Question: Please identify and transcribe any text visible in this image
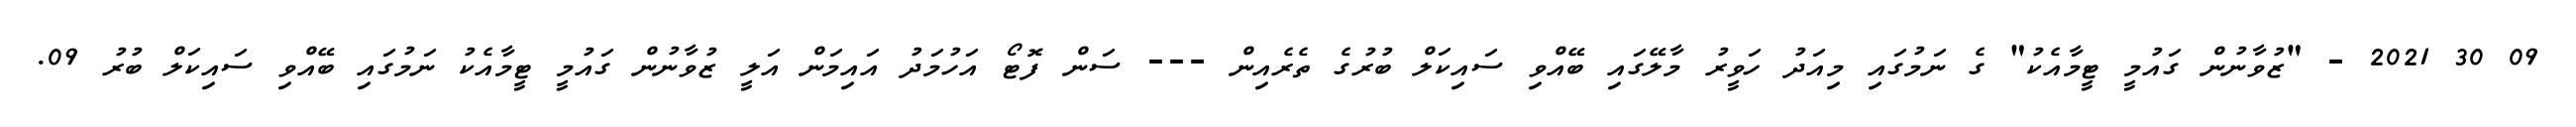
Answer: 09 30 2021 - "ޒުވާނުން ގައުމީ ޓީމާއެކު" ގެ ނަމުގައި މިއަދު ހަވީރު މާލޭގައި ބޭއްވި ސައިކަލް ބުރުގެ ތެރެއިން --- ސަން ފޮޓޯ އަހުމަދު އައިމަން އަލީ ޒުވާނުން ގައުމީ ޓީމާއެކު ނަމުގައި ބޭއްވި ސައިކަލް ބުރު 09.